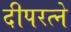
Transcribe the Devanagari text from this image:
दीपरत्ने